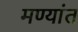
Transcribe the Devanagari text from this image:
मण्यांत